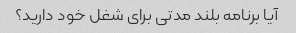
آیا برنامه بلند مدتی برای شغل خود دارید؟